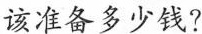
该准备多少钱?